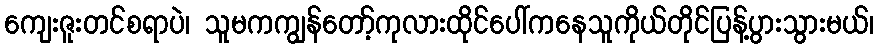
ကျေးဇူးတင်စရာပဲ၊ သူမကကျွန်တော့်ကုလားထိုင်ပေါ်ကနေသူကိုယ်တိုင်ပြန့်ပွားသွားမယ်၊